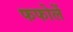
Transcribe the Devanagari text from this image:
फफोलें